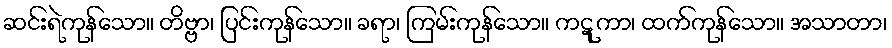
ဆင်းရဲကုန်သော။ တိဗ္ဗာ၊ ပြင်းကုန်သော။ ခရာ၊ ကြမ်းကုန်သော။ ကဋုကာ၊ ထက်ကုန်သော။ အသာတာ၊